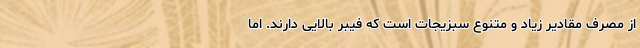
از مصرف مقادیر زیاد و متنوع سبزیجات است که فیبر بالایی دارند. اما